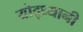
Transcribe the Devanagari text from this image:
योद्ध्यानी